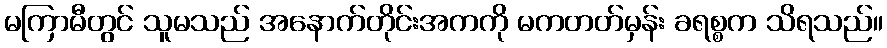
မကြာမီတွင် သူမသည် အနောက်တိုင်းအကကို မကတတ်မှန်း ခရစ္စက သိရသည်။